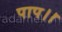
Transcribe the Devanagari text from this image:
पाप।।